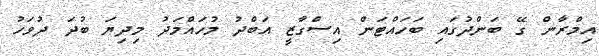
އިމްރާން ގޭ ބަންދުގައި ބަހައްޓަން އިސްގާޒީ އަބްދު މުހައްމަދު މިދިޔަ ބުދަ ދުވަހު